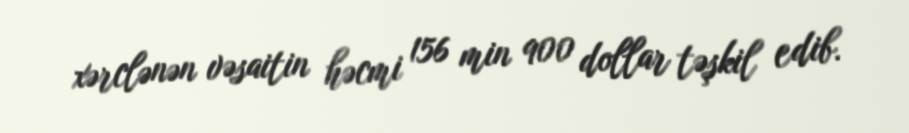
xərclənən vəsaitin həcmi 156 min 900 dollar təşkil edib.